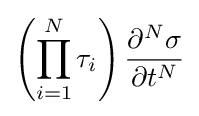
\left({\prod _{i=1}^{N}{\tau _{i}}}\right){\frac {\partial ^{N}{\sigma }}{\partial {t}^{N}}}